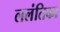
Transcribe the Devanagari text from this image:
ललंतिका